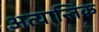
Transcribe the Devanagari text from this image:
अत्यान्तिक